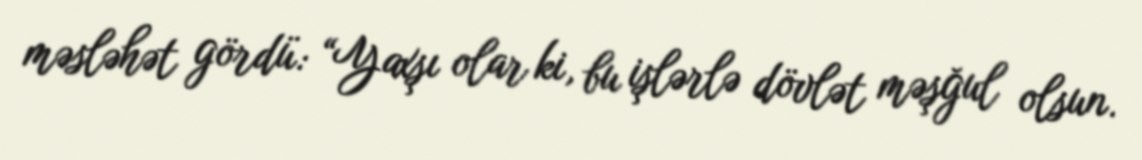
məsləhət gördü: “Yaxşı olar ki, bu işlərlə dövlət məşğul olsun.